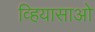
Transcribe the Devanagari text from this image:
व्हियासाओ